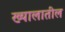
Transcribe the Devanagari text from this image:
ख्यालातील